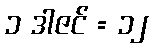
၁ ဒါဇင် = ၁၂